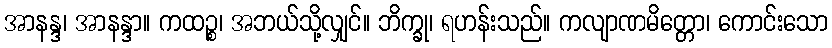
အာနန္ဒ၊ အာနန္ဒာ။ ကထဉ္စ၊ အဘယ်သို့လျှင်။ ဘိက္ခု၊ ရဟန်းသည်။ ကလျာဏမိတ္တော၊ ကောင်းသော